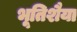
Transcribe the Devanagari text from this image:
भूतिशैया